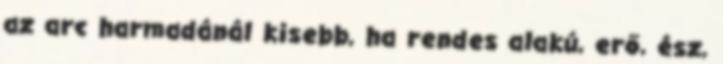
az arc harmadánál kisebb, ha rendes alakú, erő, ész,